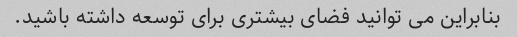
بنابراین می توانید فضای بیشتری برای توسعه داشته باشید.